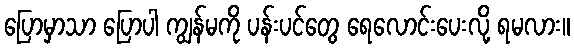
ပြောမှာသာ ပြောပါ ကျွန်မကို ပန်းပင်တွေ ရေလောင်းပေးလို့ ရမလား။